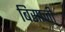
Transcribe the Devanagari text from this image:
बिसाजी